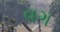
વગ